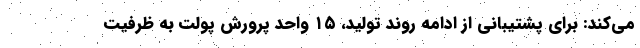
می‌کند: برای پشتیبانی از ادامه روند تولید، ۱۵ واحد پرورش پولت به ظرفیت